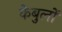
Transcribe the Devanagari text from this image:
केबुलों